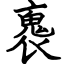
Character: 褢